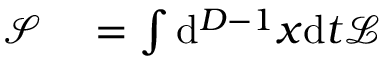
\begin{array} { r l } { { \mathcal { S } } } & { { } = \int \mathrm { d } ^ { D - 1 } x \mathrm { d } t { \mathcal { L } } } \end{array}